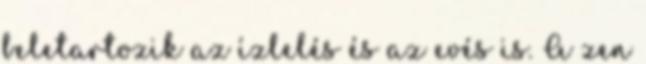
beletartozik az ízlelés és az evés is. A zen